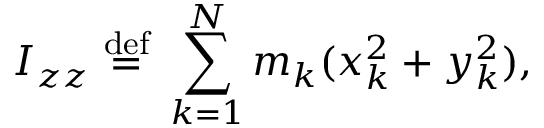
I _ { z z } \ { \stackrel { \mathrm { d e f } } { = } } \ \sum _ { k = 1 } ^ { N } m _ { k } ( x _ { k } ^ { 2 } + y _ { k } ^ { 2 } ) , \,